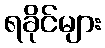
ရခိုင်များ